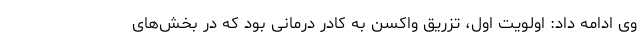
وی ادامه داد: اولویت اول، تزریق واکسن به کادر درمانی بود که در بخش‌های